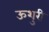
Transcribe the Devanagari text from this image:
ऊशुरी